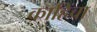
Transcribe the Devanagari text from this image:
काहिंचा